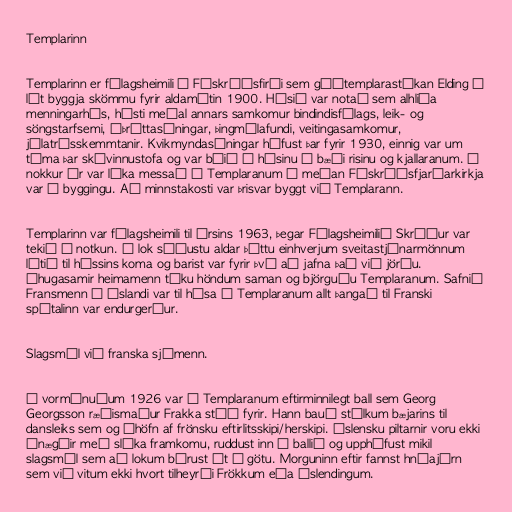
Templarinn

Templarinn er félagsheimili á Fáskrúðsfirði sem góðtemplarastúkan Elding á
lét byggja skömmu fyrir aldamótin 1900. Húsið var notað sem alhliða
menningarhús, hýsti meðal annars samkomur bindindisfélags, leik- og
söngstarfsemi, íþróttasýningar, þingmálafundi, veitingasamkomur,
jólatrésskemmtanir. Kvikmyndasýningar hófust þar fyrir 1930, einnig var um
tíma þar skóvinnustofa og var búið í húsinu í bæði risinu og kjallaranum. Í
nokkur ár var líka messað í Templaranum á meðan Fáskrúðsfjarðarkirkja
var í byggingu. Að minnstakosti var þrisvar byggt við Templarann.

Templarinn var félagsheimili til ársins 1963, þegar Félagsheimilið Skrúður var
tekið í notkun. Í lok síðustu aldar þóttu einhverjum sveitastjónarmönnum
lítið til hússins koma og barist var fyrir því að jafna það við jörðu.
Áhugasamir heimamenn tóku höndum saman og björguðu Templaranum. Safnið
Fransmenn á Íslandi var til húsa í Templaranum allt þangað til Franski
spítalinn var endurgerður.

Slagsmál við franska sjómenn.

Á vormánuðum 1926 var í Templaranum eftirminnilegt ball sem Georg
Georgsson ræðismaður Frakka stóð fyrir. Hann bauð stúlkum bæjarins til
dansleiks sem og áhöfn af frönsku eftirlitsskipi/herskipi. Íslensku piltarnir voru ekki
ánægðir með slíka framkomu, ruddust inn á ballið og upphófust mikil
slagsmál sem að lokum bárust út á götu. Morguninn eftir fannst hnúajárn
sem við vitum ekki hvort tilheyrði Frökkum eða Íslendingum.